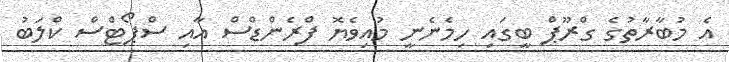
އެ މުބާރާތުގެ ގްރޫޕް ބީގައި ހިމެނެނީ މުއިވެޔޮ ފްރެންޑްސް އާއި ސްޕޯޓްސް ކްލަބު